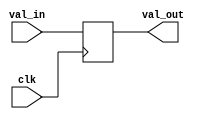
module shifter_32b_2 # (
	parameter LENGTH = 1
) (
	input clk,
	input [31:0] val_in,
	output [31:0] val_out
);
	genvar i;
	generate
		if (LENGTH >= 4)
		begin
			altshift_taps # (.number_of_taps(1), .tap_distance(LENGTH), .width(32)) shifttaps
				(.clken(1'b1), .aclr(1'b0), .clock(clk), .shiftin(val_in), .taps(), .shiftout(val_out) );
		end
		else
		begin
			for (i = 0; i < LENGTH; i = i + 1) begin : TAPS
				reg [31:0] r;
				wire [31:0] prev;
				if (i == 0)
					assign prev = val_in;
				else
					assign prev = TAPS[i-1].r;
				always @ (posedge clk)
					r <= prev;
			end
			assign val_out = TAPS[LENGTH-1].r;
		end
	endgenerate
endmodule